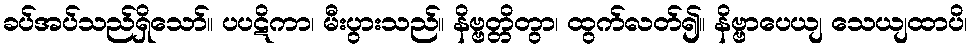
ခပ်အပ်သည်ရှိသော်။ ပပဋိကာ၊ မီးပွားသည်။ နိဗ္ဗတ္တိတွာ၊ ထွက်လတ်၍။ နိဗ္ဗာပေယျ သေယျထာပိ၊